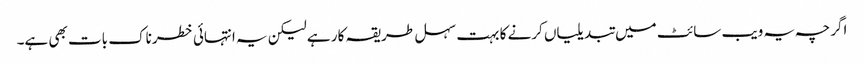
اگرچہ یہ ویب سائٹ میں تبدیلیاں کرنے کا بہت سہل طریقہ کار ہے لیکن یہ انتہائی خطرناک بات بھی ہے۔